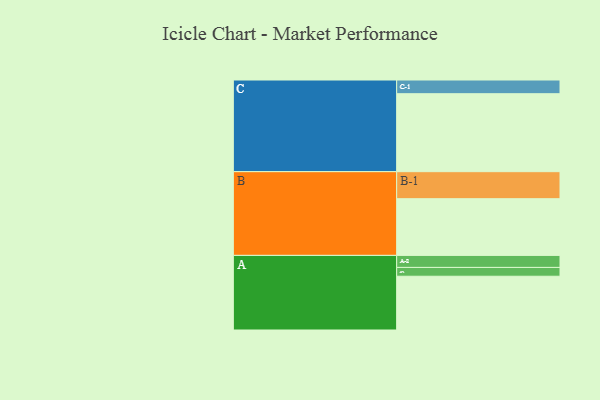
{"axis": {"x": "Segment", "y": "Value"}, "legend": ["", "A", "B", "C"], "data": [{"x": "A", "y": 384, "type": ""}, {"x": "B", "y": 405, "type": ""}, {"x": "C", "y": 557, "type": ""}, {"x": "A-1", "y": 63, "type": "A"}, {"x": "A-2", "y": 86, "type": "A"}, {"x": "B-1", "y": 193, "type": "B"}, {"x": "C-1", "y": 98, "type": "C"}]}